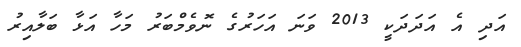
އަދި އެ އަދަދަކީ 2013 ވަނަ އަހަރުގެ ނޮވެމްބަރު މަހާ އަޅާ ބަލާއިރު